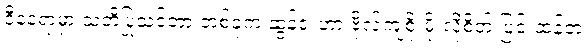
ဒီနေရာမှာ သတိပြုသင့်တာ တစ်ခုက ဆွန်ဇူးဟာ ဗိုလ်ကျစိုးမိုးလိုစိတ် ပြင်းထန်တဲ့